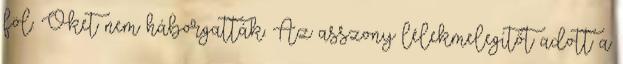
föl. Őket nem háborgatták. Az asszony lélekmelegítőt adott a